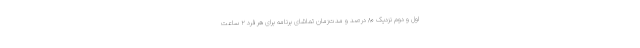
اول و دوم نزدیک ۸۰ درصد و مدت‌زمان تماشای برنامه برای هر فرد ۲ ساعت